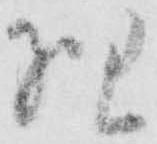
理